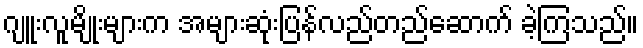
ဂျူးလူမျိုးများက အများဆုံးပြန်လည်တည်ဆောက် ခဲ့ကြသည်။